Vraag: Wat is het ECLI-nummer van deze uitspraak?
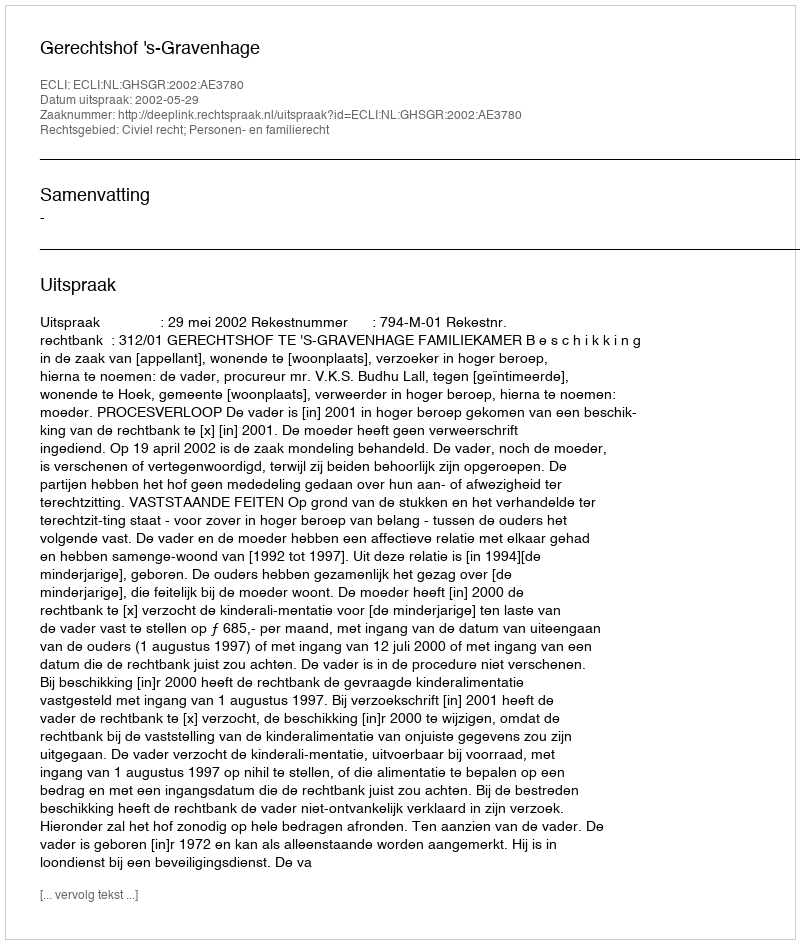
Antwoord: ECLI:NL:GHSGR:2002:AE3780